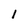
Character: 1